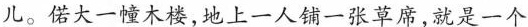
儿。偌大一幢木楼,地上一人铺一张草席,就是一个